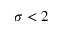
\sigma < 2